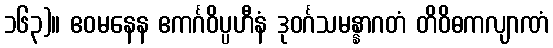
၁၆၃)။ ဧဝမနေန ဧကင်္ဂဝိပ္ပဟီနံ ဒုဝင်္ဂသမန္နာဂတံ တိဝိဓကလျာဏံ